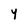
Character: y